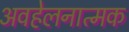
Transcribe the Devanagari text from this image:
अवहेलनात्मक